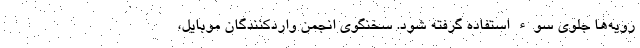
رویه‌ها جلوی سوء استفاده گرفته شود. سخنگوی انجمن واردکنندگان موبایل،